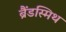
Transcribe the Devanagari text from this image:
ब्रैंडस्मिथ